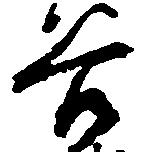
谷